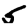
Digit: 5